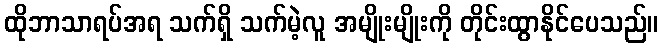
ထိုဘာသာရပ်အရ သက်ရှိ သက်မဲ့လူ အမျိုးမျိုးကို တိုင်းထွာနိုင်ပေသည်။